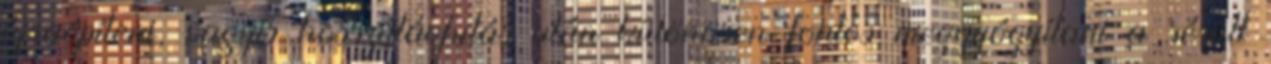
újraépíteni, vagyis hosszútávfutás után különösen fontos meggyógyítani a sérült